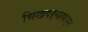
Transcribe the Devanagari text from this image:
चिखदऱ्यापासून